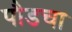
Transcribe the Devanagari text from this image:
पौडचा